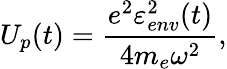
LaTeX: U_{p}(t)=\frac{e^{2}\varepsilon_{env}^{2}(t)}{4m_{e}\omega^{2}},